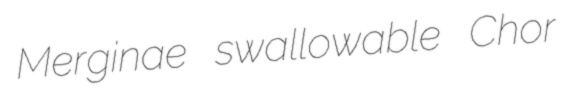
Merginae swallowable Chor